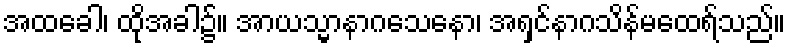
အထခေါ၊ ထိုအခါ၌။ အာယသ္မာနာဂသေနော၊ အရှင်နာဂသိန်မထေရ်သည်။